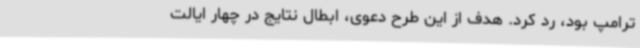
ترامپ بود، رد کرد. هدف از این طرح دعوی، ابطال نتایج در چهار ایالت